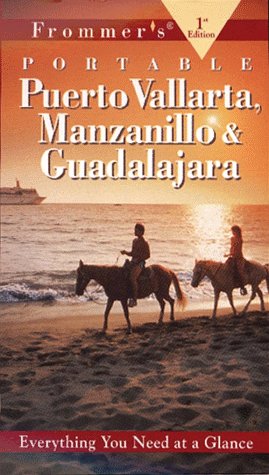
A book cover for Frommer's Puerto Vallarta Manzanillo & Guadalajara, 1st Ed; Travel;